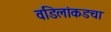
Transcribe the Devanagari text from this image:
वडिलांकडचा